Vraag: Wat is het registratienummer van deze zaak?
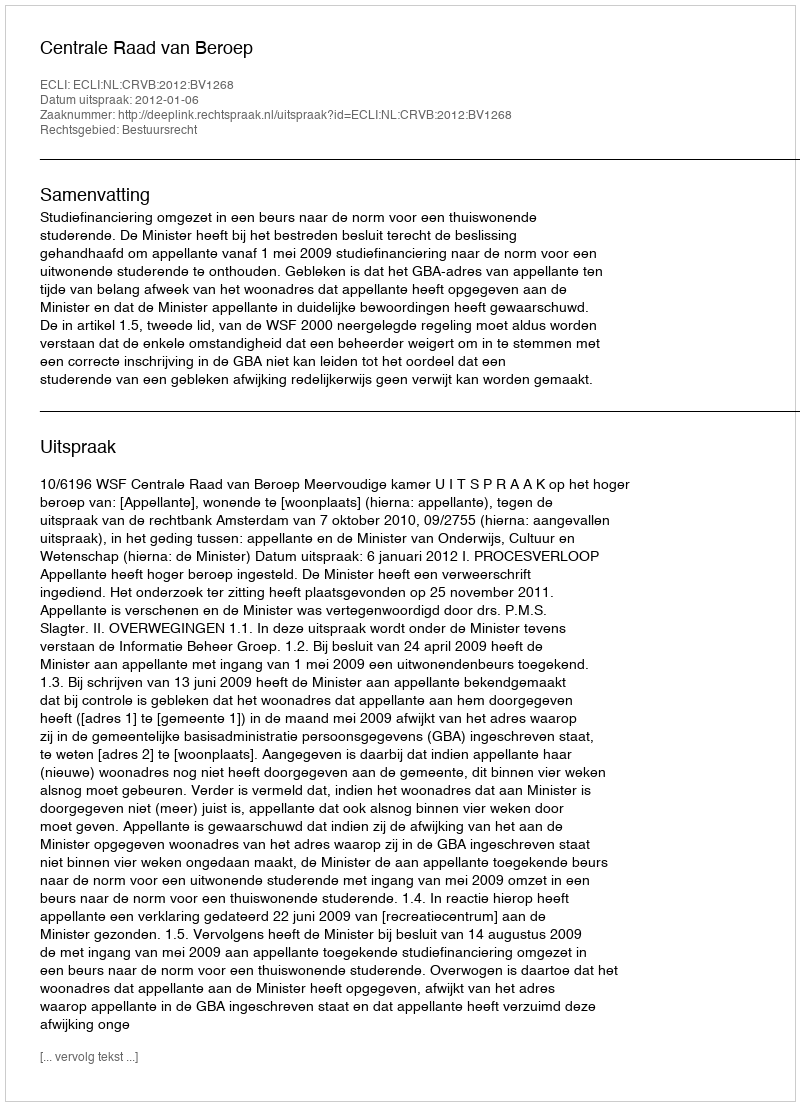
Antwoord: http://deeplink.rechtspraak.nl/uitspraak?id=ECLI:NL:CRVB:2012:BV1268